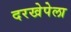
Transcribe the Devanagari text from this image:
दरखेपेला